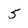
Character: 5